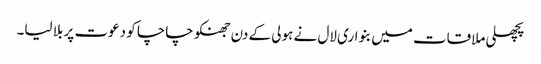
پچھلی ملاقات میں بنواری لال نے ہولی کے دن جھنکو چاچا کو دعوت پر بلا لیا۔